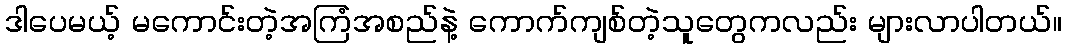
ဒါပေမယ့် မကောင်းတဲ့အကြံအစည်နဲ့ ကောက်ကျစ်တဲ့သူတွေကလည်း များလာပါတယ်။